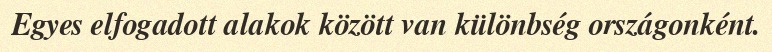
Egyes elfogadott alakok között van különbség országonként.